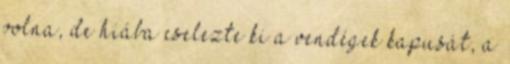
volna, de hiába cselezte ki a vendégek kapusát, a